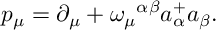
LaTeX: p _ { \mu } = \partial _ { \mu } + \omega _ { \mu } { } ^ { \alpha \beta } a _ { \alpha } ^ { + } a _ { \beta } .